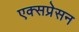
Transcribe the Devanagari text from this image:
एक्सप्रेसन